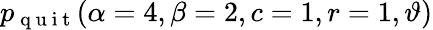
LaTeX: \displaystyle p_{\mathrm{~q~u~i~t~}}(\alpha=4,\beta=2,c=1,r=1,\vartheta)